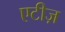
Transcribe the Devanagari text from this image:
एटीज़